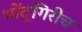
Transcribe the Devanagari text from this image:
भोंदूगिरीच